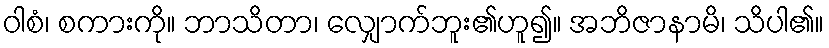
ဝါစံ၊ စကားကို။ ဘာသိတာ၊ လျှောက်ဘူး၏ဟူ၍။ အဘိဇာနာမိ၊ သိပါ၏။